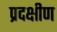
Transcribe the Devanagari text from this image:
प्रदक्षीण